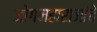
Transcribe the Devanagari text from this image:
जोगमहाराजांचे